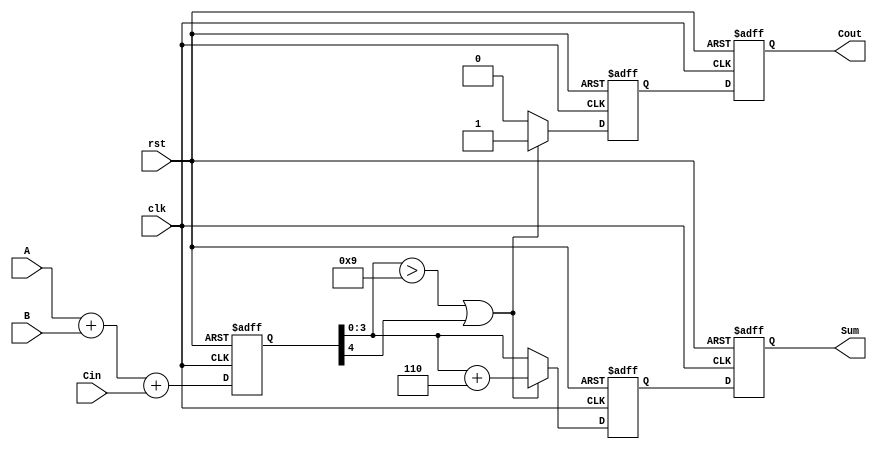
module bcd_pipelined_adder (
    input wire clk,         // Clock signal
    input wire rst,         // Reset signal
    input wire [3:0] A,     // First BCD digit
    input wire [3:0] B,     // Second BCD digit
    input wire Cin,         // Carry-in
    output reg [3:0] Sum,   // Corrected BCD sum
    output reg Cout         // Carry-out
);

    // Internal wires and registers
    reg [4:0] raw_sum;      // 5-bit sum from the binary adder
    reg [4:0] corrected_sum; // 5-bit corrected sum
    reg carry_out;          // Carry out from BCD correction logic

    // Pipeline registers
    reg [4:0] stage1_sum;   // Register after binary addition
    reg [4:0] stage2_sum;   // Register after BCD correction

    // Binary Adder
    always @(posedge clk or posedge rst) begin
        if (rst) begin
            stage1_sum <= 5'b0;
        end else begin
            raw_sum = A + B + Cin; // Perform binary addition
            stage1_sum <= raw_sum; // Store raw sum in pipeline
        end
    end

    // BCD Correction Logic
    always @(posedge clk or posedge rst) begin
        if (rst) begin
            stage2_sum <= 5'b0;
            carry_out <= 1'b0;
        end else begin
            if (stage1_sum[3:0] > 4'b1001 || stage1_sum[4]) begin
                corrected_sum = stage1_sum + 5'b00110; // Add 6 for BCD correction
                carry_out = 1'b1; // Set carry out
            end else begin
                corrected_sum = stage1_sum; // No correction needed
                carry_out = 1'b0; // No carry out
            end
            stage2_sum <= corrected_sum; // Store corrected sum in pipeline
        end
    end

    // Output Stage
    always @(posedge clk or posedge rst) begin
        if (rst) begin
            Sum <= 4'b0;
            Cout <= 1'b0;
        end else begin
            Sum <= stage2_sum[3:0]; // Output the corrected BCD sum
            Cout <= carry_out;       // Output the carry out
        end
    end

endmodule